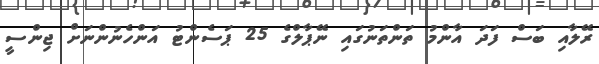
ރޭލާއި ބަސް ފަދަ އާންމު ތަންތަނުގައި ނޭޕާލްގެ 25 ޕަސެންޓު އަންހެނުންނަށް ޖިންސީ